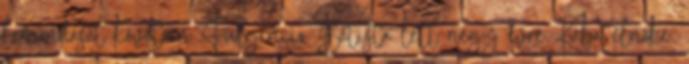
lemondását követően Fulgencio Batista lett négy évre Kuba elnöke.